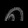
Digit: ၈